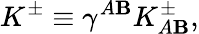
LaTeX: K^{\pm}\equiv\gamma^{A\mathbf{B}}K_{A\mathbf{B}}^{\pm},